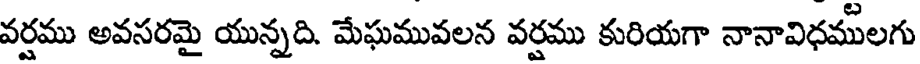
వర్షము అవసరమై యున్నది. మేఘమువలన వర్షము కురియగా నానావిధములగు